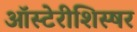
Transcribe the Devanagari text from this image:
ऑस्टेरीशिस्षर